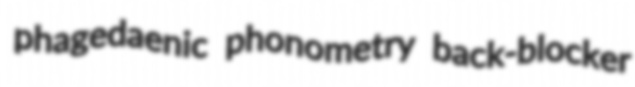
phagedaenic phonometry back-blocker